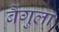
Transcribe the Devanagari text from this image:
बैंगुला